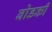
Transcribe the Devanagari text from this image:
बोडकी